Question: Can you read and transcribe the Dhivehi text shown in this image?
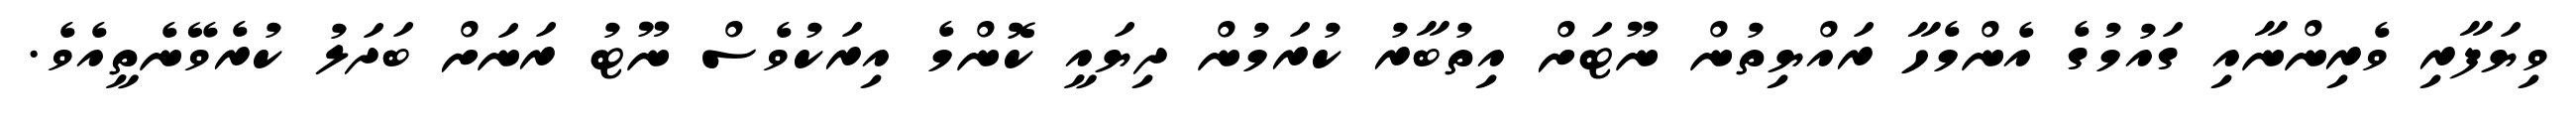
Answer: ވިޔަފާރި ވެރިންނާއި ގައުމުގެ އެންމެހާ ރައްޔިތުން ނޫޓަށް އިތުބާރު ކުރަމުން ދިޔައީ ކޮންމެ އިރަކުވެސް ނޫޓު ރަނަށް ބަދަލު ކުރެވޭނެތީއެވެ.